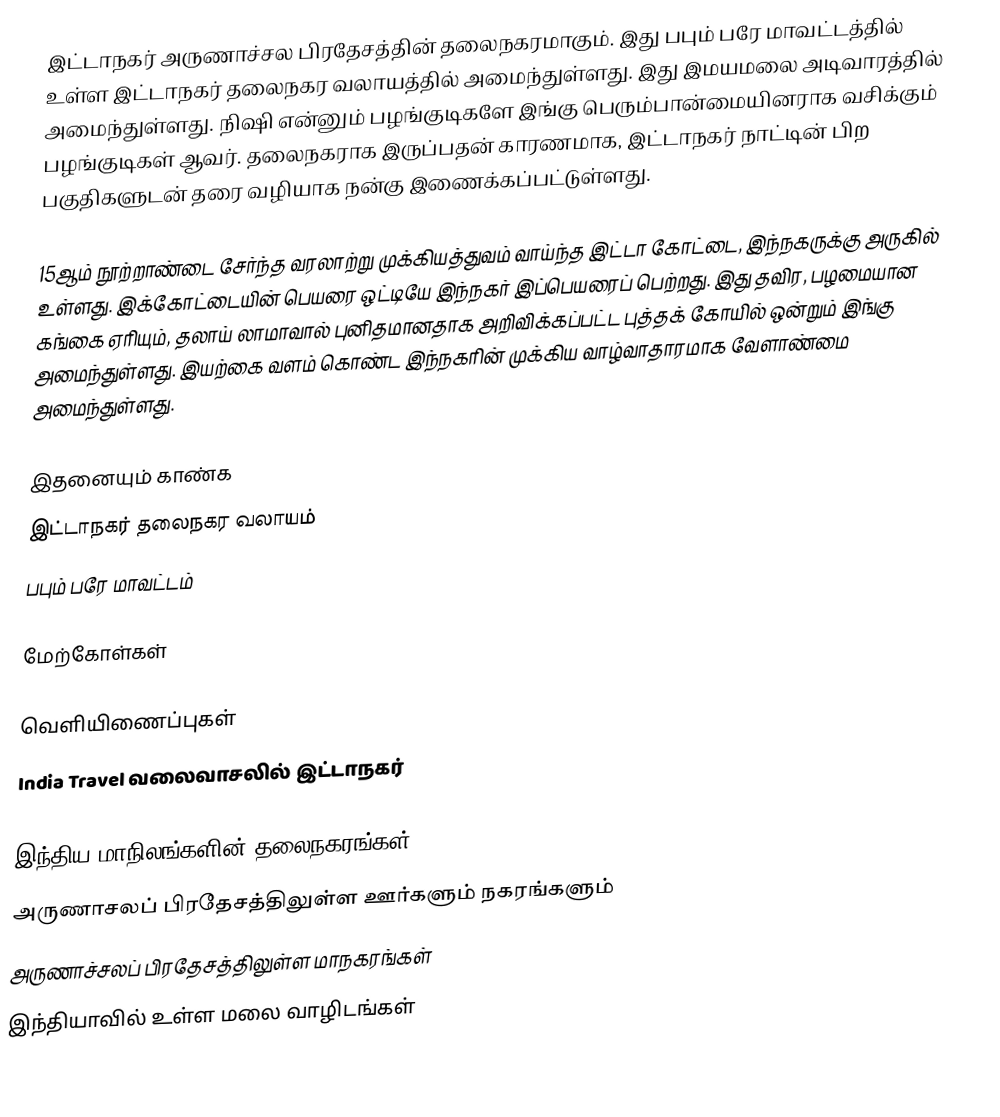
இட்டாநகர் அருணாச்சல பிரதேசத்தின் தலைநகரமாகும். இது பபும் பரே மாவட்டத்தில் உள்ள இட்டாநகர் தலைநகர வலாயத்தில் அமைந்துள்ளது. இது இமயமலை அடிவாரத்தில் அமைந்துள்ளது. நிஷி என்னும் பழங்குடிகளே இங்கு பெரும்பான்மையினராக வசிக்கும் பழங்குடிகள் ஆவர். தலைநகராக இருப்பதன் காரணமாக, இட்டாநகர் நாட்டின் பிற பகுதிகளுடன் தரை வழியாக நன்கு இணைக்கப்பட்டுள்ளது.

15ஆம் நூற்றாண்டை சேர்ந்த வரலாற்று முக்கியத்துவம் வாய்ந்த இட்டா கோட்டை, இந்நகருக்கு அருகில் உள்ளது. இக்கோட்டையின் பெயரை ஒட்டியே இந்நகர் இப்பெயரைப் பெற்றது. இது தவிர, பழமையான கங்கை ஏரியும், தலாய் லாமாவால் புனிதமானதாக அறிவிக்கப்பட்ட புத்தக் கோயில் ஒன்றும் இங்கு அமைந்துள்ளது. இயற்கை வளம் கொண்ட இந்நகரின் முக்கிய வாழ்வாதாரமாக வேளாண்மை அமைந்துள்ளது.

இதனையும் காண்க
 இட்டாநகர் தலைநகர வலாயம்
 பபும் பரே மாவட்டம்

மேற்கோள்கள்

வெளியிணைப்புகள்
 India Travel வலைவாசலில் இட்டாநகர்

இந்திய மாநிலங்களின் தலைநகரங்கள்
அருணாசலப் பிரதேசத்திலுள்ள ஊர்களும் நகரங்களும்
அருணாச்சலப் பிரதேசத்திலுள்ள மாநகரங்கள்
இந்தியாவில் உள்ள மலை வாழிடங்கள்